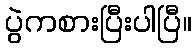
ပွဲကစားပြီးပါပြီ။